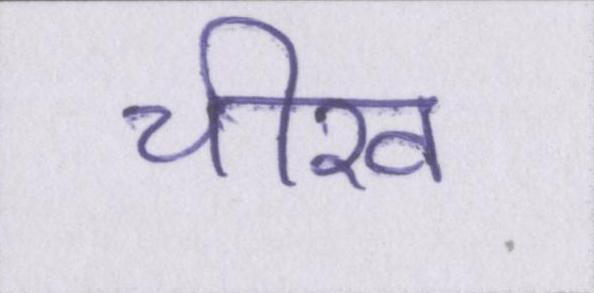
चीख